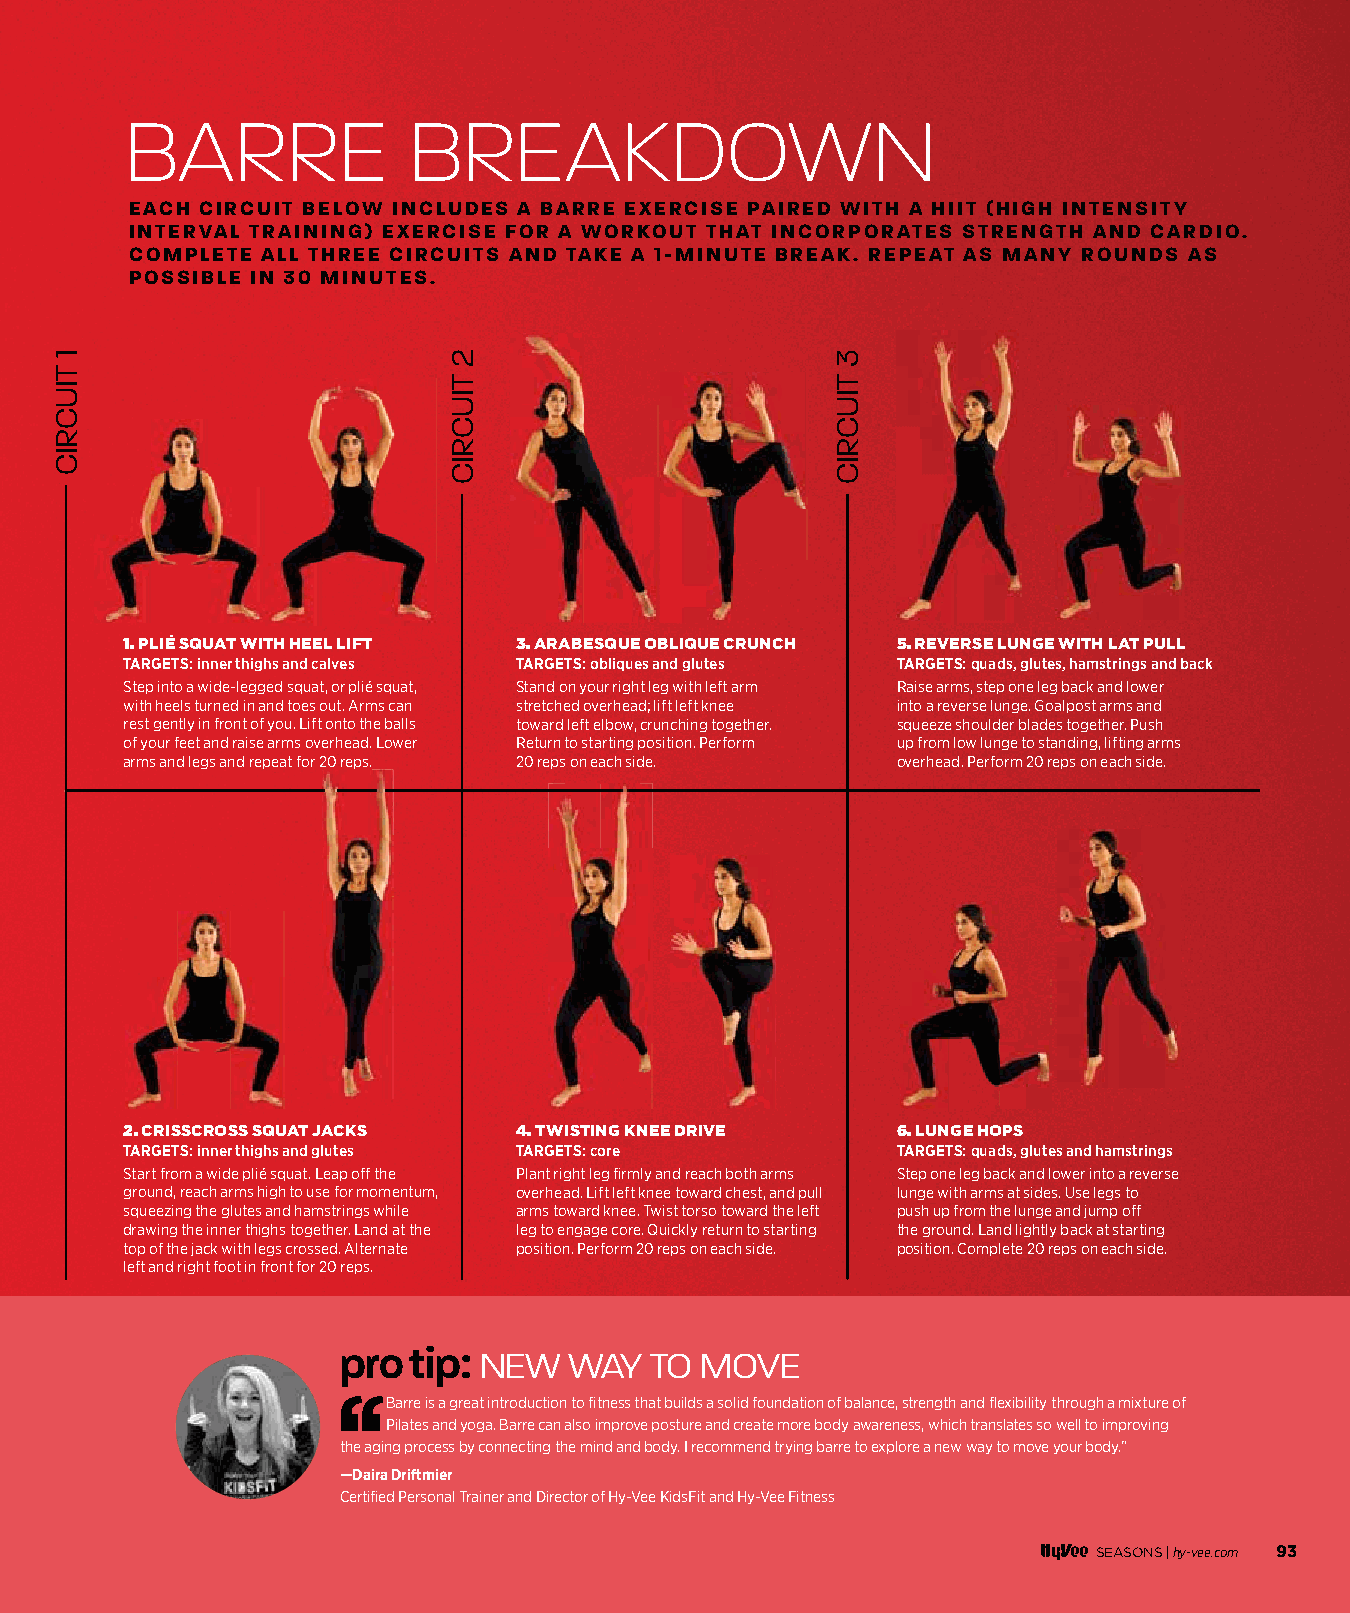
BARRE              BREAKDOWN
 EACH CIRCUIT BELOW INCLUDES A BARRE EXERCISE PAIRED WITH A HIIT (HIGH INTENSITY
 INTERVAL TRAINING) EXERCISE FOR A WORKOUT THAT INCORPORATES STRENGTH AND CARDIO.
 COMPLETE ALL THREE CIRCUITS AND TAKE A 1-MINUTE BREAK. REPEAT AS MANY ROUNDS AS
 POSSIBLE IN 30 MINUTES.
 1. PLIÉ SQUAT WITH HEEL LIFT 3. ARABESQUE OBLIQUE CRUNCH 5. REVERSE LUNGE WITH LAT PULL
 TARGETS:inner thighs and calves TARGETS:obliques and glutes TARGETS:quads, glutes, hamstrings and back
 Step into a wide-legged squat, or plié squat, Stand on your right leg with left arm Raise arms, step one leg back and lower
 with heels turned in and toes out. Arms can stretched overhead; lift left knee into a reverse lunge. Goalpost arms and
 rest gently in front of you. Lift onto the balls toward left elbow, crunching together. squeeze shoulder blades together. Push
 of your feet and raise arms overhead. Lower Return to starting position. Perform up from low lunge to standing, lifting arms
 arms and legs and repeat for 20 reps. 20 reps on each side. overhead. Perform 20 reps on each side.
 2. CRISSCROSS SQUAT JACKS 4. TWISTING KNEE DRIVE   6. LUNGE HOPS
 TARGETS:inner thighs and glutes TARGETS:core       TARGETS:quads, glutes and hamstrings
 Start from a wide plié squat. Leap off the Plant right leg firmly and reach both arms Step one leg back and lower into a reverse
 ground, reach arms high to use for momentum, overhead. Lift left knee toward chest, and pull lunge with arms at sides. Use legs to
 squeezing the glutes and hamstrings while arms toward knee. Twist torso toward the left push up from the lunge and jump off
 drawing the inner thighs together. Land at the leg to engage core. Quickly return to starting the ground. Land lightly back at starting
 top of the jack with legs crossed. Alternate position. Perform 20 reps on each side. position. Complete 20 reps on each side.
 left and right foot in front for 20 reps.
 pro  tip: NEW   WAY  TO MOVE
 Barre is a great introduction to fi tness that builds a solid foundation of balance, strength and fl exibility through a mixture of
 Pilates and yoga. Barre can also improve posture and create more body awareness, which translates so well to improving
 the aging process by connecting the mind and body. I recommend trying barre to explore a new way to move your body.”
 —Daira Driftmier
 Certifi ed Personal Trainer and Director of Hy-Vee KidsFit and Hy-Vee Fitness
 SEASONS |hy-vee.com 93
 009900--009933 EExxeerrcciissee__1111..2299..iinndddd 9933                       1111//2299//2211 1122::0088 PPMM
 1
 TIUCRIC
 2
 TIUCRIC
 3
 TIUCRIC